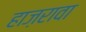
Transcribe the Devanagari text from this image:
हाज़रावा